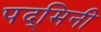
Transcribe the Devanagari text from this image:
पद्‌मिनी